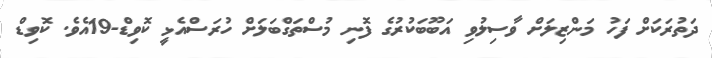
ދަތުރަކަށް ފަހު މަންްޒިލަށް ވާސިލުވި އަބޫބަކުރުގެ ފޮނި މުސްތަގްބަލަށް ހުރަސްއެޅީ ކޮވިޑް-19އެވެ. ކޮވިޑް